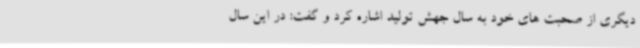
دیگری از صحبت های خود به سال جهش تولید اشاره کرد و گفت: در این سال